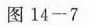
图14-7